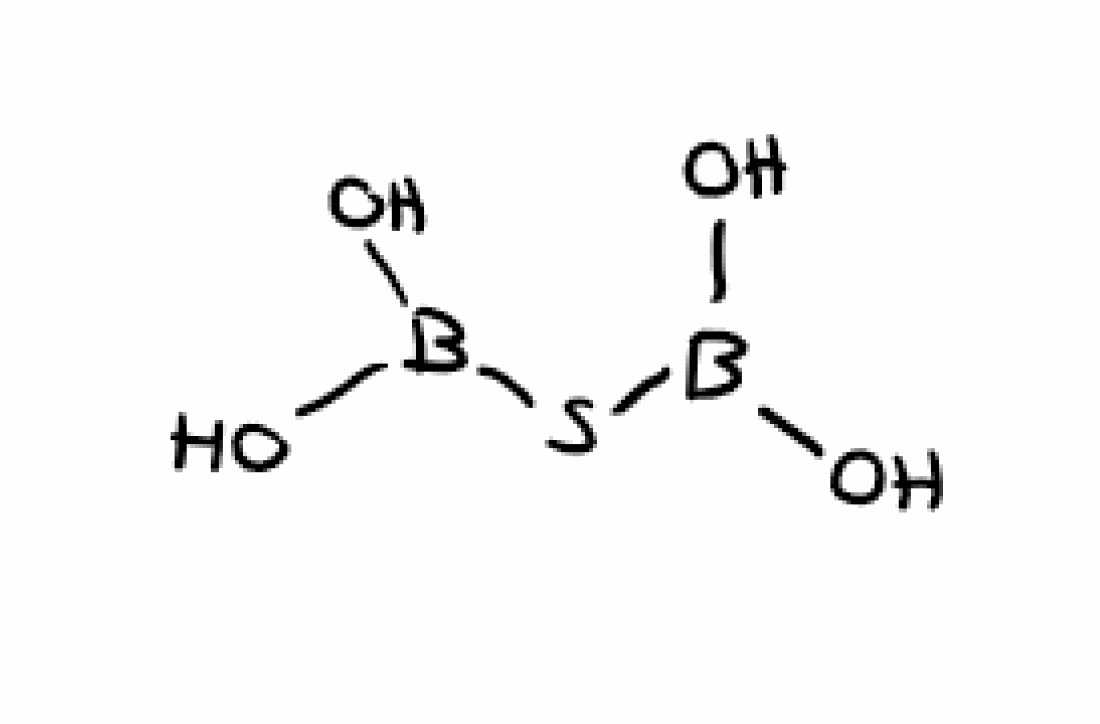
Simplified molecular-input line-entry system (SMILES) notation of the given molecule:
B(O)(O)SB(O)O